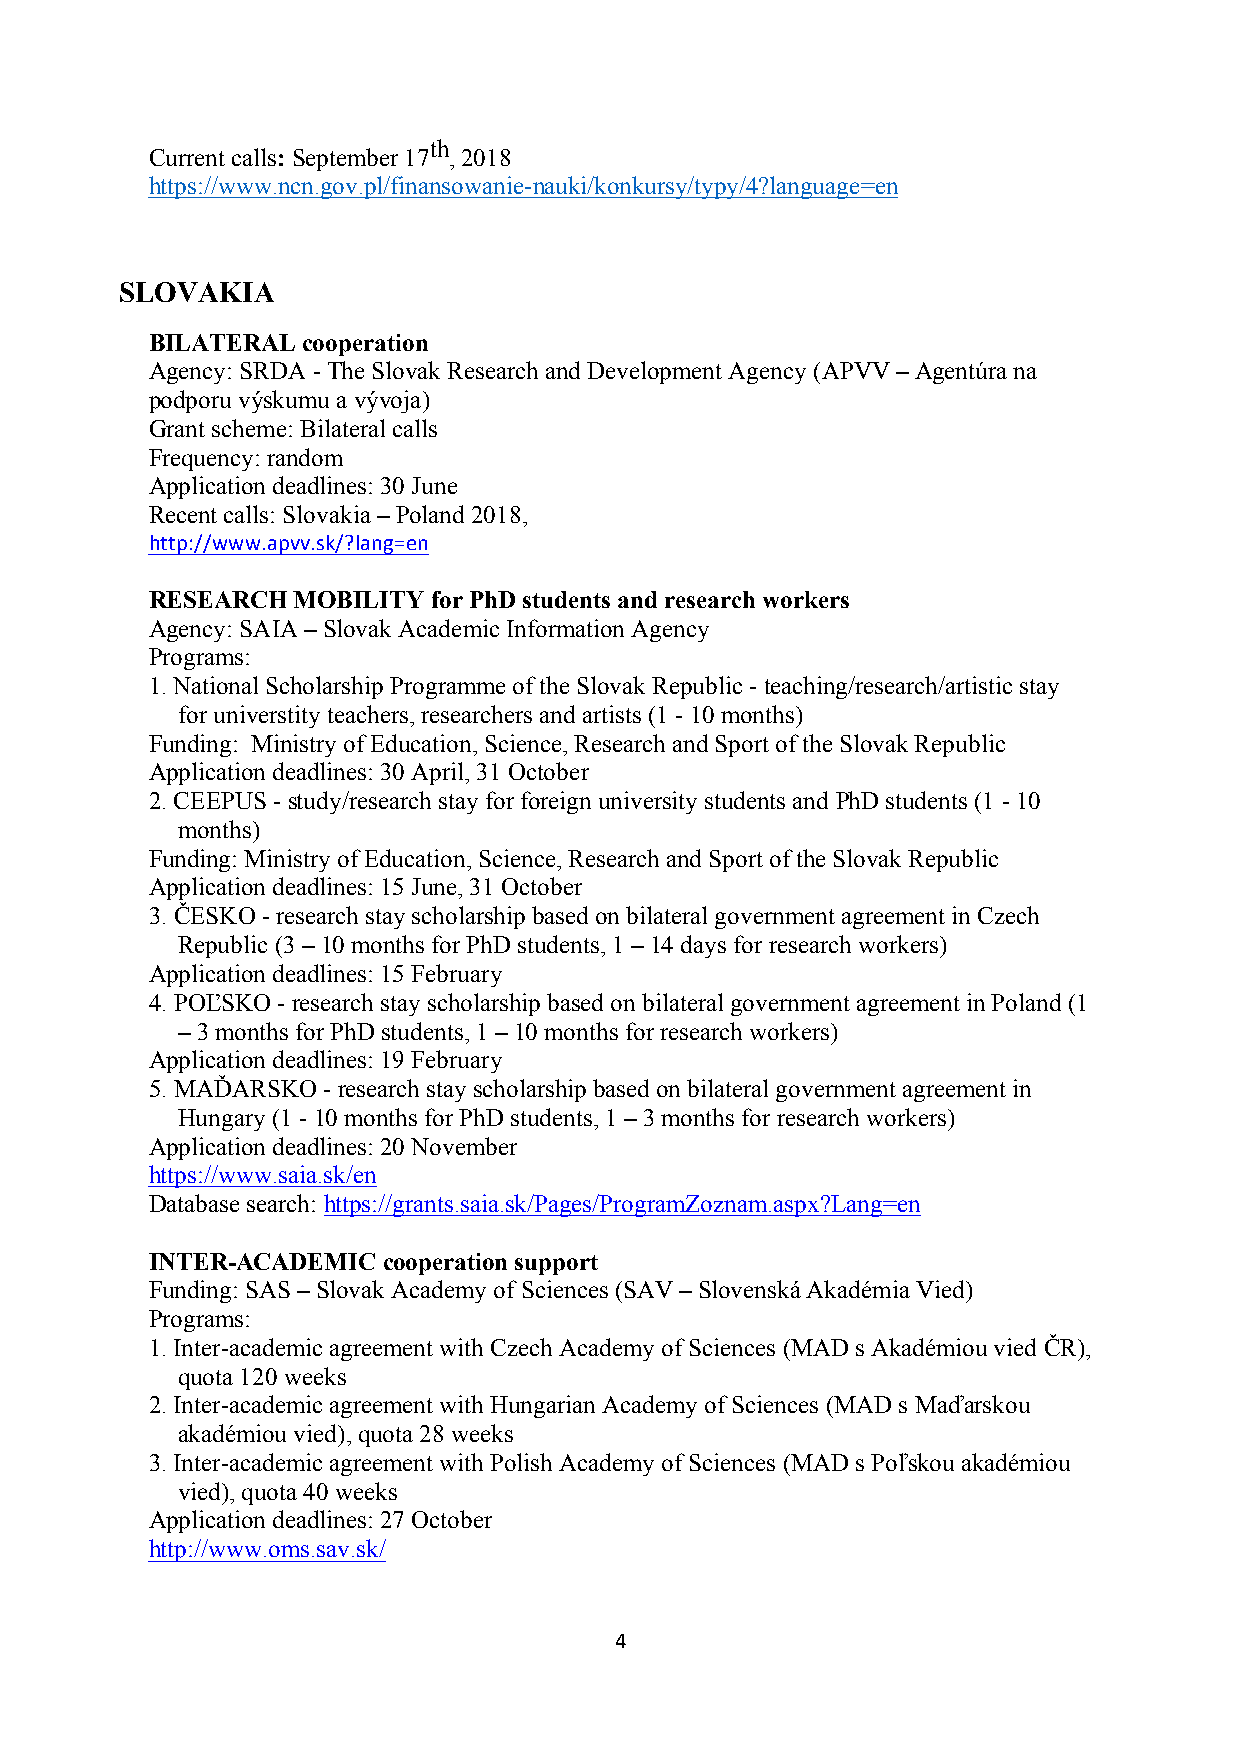
th
 Current calls: September 17 , 2018
 https://www.ncn.gov.pl/finansowanie-nauki/konkursy/typy/4?language=en
 SLOVAKIA
 BILATERAL cooperation
 Agency: SRDA - The Slovak Research and Development Agency (APVV – Agentúra na
 podporu výskumu a vývoja)
 Grant scheme: Bilateral calls
 Frequency: random
 Application deadlines: 30 June
 Recent calls: Slovakia – Poland 2018,
 http://www.apvv.sk/?lang=en
 RESEARCH MOBILITY  for PhD students and research workers
 Agency: SAIA – Slovak Academic Information Agency
 Programs:
 1. National Scholarship Programme of the Slovak Republic - teaching/research/artistic stay
 for universtity teachers, researchers and artists (1 - 10 months)
 Funding: Ministry of Education, Science, Research and Sport of the Slovak Republic
 Application deadlines: 30 April, 31 October
 2. CEEPUS - study/research stay for foreign university students and PhD students (1 - 10
 months)
 Funding: Ministry of Education, Science, Research and Sport of the Slovak Republic
 Application deadlines: 15 June, 31 October
 3. ČESKO - research stay scholarship based on bilateral government agreement in Czech
 Republic (3 – 10 months for PhD students, 1 – 14 days for research workers)
 Application deadlines: 15 February
 4. POĽSKO - research stay scholarship based on bilateral government agreement in Poland (1
 – 3 months for PhD students, 1 – 10 months for research workers)
 Application deadlines: 19 February
 5. MAĎARSKO - research stay scholarship based on bilateral government agreement in
 Hungary (1 - 10 months for PhD students, 1 – 3 months for research workers)
 Application deadlines: 20 November
 https://www.saia.sk/en
 Database search: https://grants.saia.sk/Pages/ProgramZoznam.aspx?Lang=en
 INTER-ACADEMIC cooperation support
 Funding: SAS – Slovak Academy of Sciences (SAV – Slovenská Akadémia Vied)
 Programs:
 1. Inter-academic agreement with Czech Academy of Sciences (MAD s Akadémiou vied ČR),
 quota 120 weeks
 2. Inter-academic agreement with Hungarian Academy of Sciences (MAD s Maďarskou
 akadémiou vied), quota 28 weeks
 3. Inter-academic agreement with Polish Academy of Sciences (MAD s Poľskou akadémiou
 vied), quota 40 weeks
 Application deadlines: 27 October
 http://www.oms.sav.sk/
 4